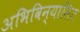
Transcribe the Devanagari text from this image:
अभिविन्यासित